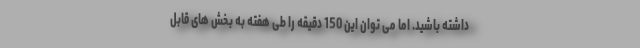
داشته باشید. اما می توان این 150 دقیقه را طی هفته به بخش های قابل